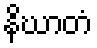
နိဃာတံ